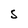
Character: S